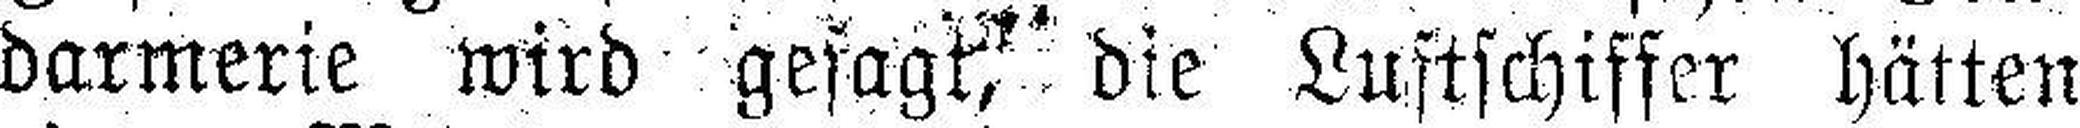
darmerie wird gesagt, die Luftschiffer hätten